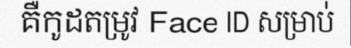
គឺកូដតម្រូវ Face ID សម្រាប់